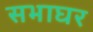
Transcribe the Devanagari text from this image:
सभाघर